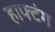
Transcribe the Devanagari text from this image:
हाफ्टंग